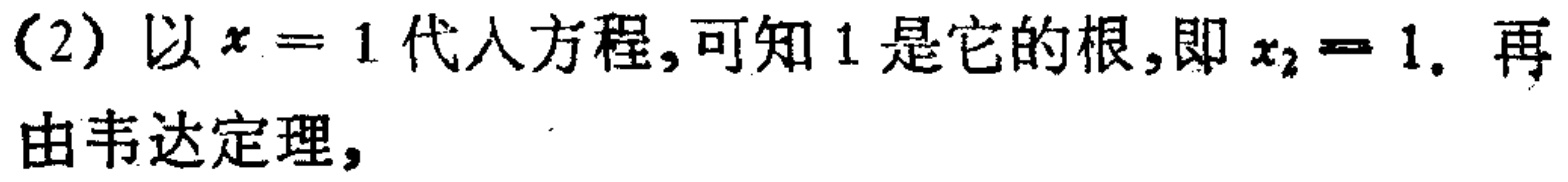
(2) 以\(x = 1\)代入方程,可知 1 是它的根,即\(x_{2}=1\). 再由韦达定理,